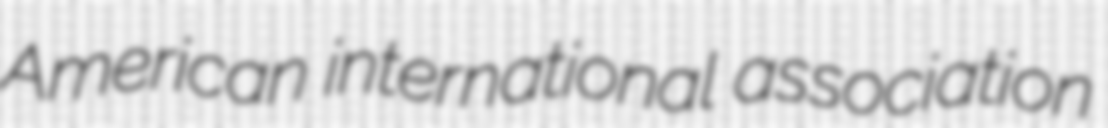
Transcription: American international association